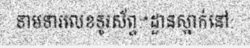
ទាមទារលេខទូរស័ព្ទ:*ដ្ឋានស្នាក់នៅ: